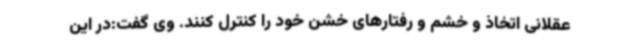
عقلانی اتخاذ و خشم و رفتارهای خشن خود را کنترل کنند. وی گفت:در این